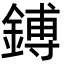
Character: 鎛